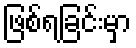
ဖြစ်ရခြင်းမှာ